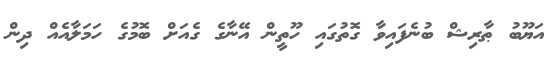
އަޔޫބު ޠާރިޝް ބުނެފައިވާ ގޮތުގައި ހޫތީން އޭނާގެ ގެއަށް ބޮމުގެ ހަމަލާއެއް ދިން